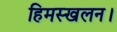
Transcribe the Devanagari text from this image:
हिमस्खलन।